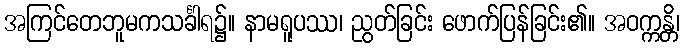
အကြင်တေဘူမကသင်္ခါရ၌။ နာမရူပဿ၊ ညွတ်ခြင်း ဖောက်ပြန်ခြင်း၏။ အဝက္ကန္တိ၊